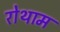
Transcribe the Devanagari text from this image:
रोथाम